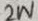
Text: 2W